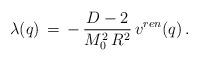
LaTeX: \begin{align*}\lambda(q)\,=\,-\,\frac{D-2}{M_0^2\,R^2}\,v^{ren}(q)\,{.}\end{align*}